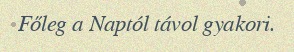
Főleg a Naptól távol gyakori.